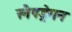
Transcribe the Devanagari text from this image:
स्नैपड्रेगन